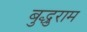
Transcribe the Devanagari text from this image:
बुद्धुराम